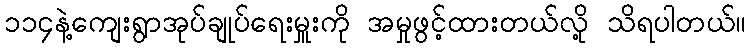
၁၁၄နဲ့ကျေးရွာအုပ်ချုပ်ရေးမှူးကို အမှုဖွင့်ထားတယ်လို့ သိရပါတယ်။